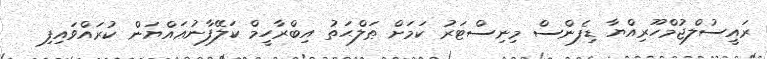
ރައީސުލްޖުމްހޫރިއްޔާ ޑިފެންސް މިނިސްޓަރު ކަމަށް ޠަލްޙަތު އިބްރާހީމް ކަލޭފާނުޢައްޔަން ކުރައްވައިފި